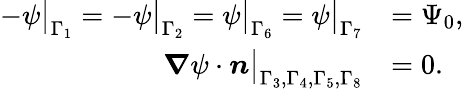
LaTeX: \begin{array}{rl}{-\psi\big|_{\Gamma_{1}}=-\psi\big|_{\Gamma_{2}}=\psi\big|_{\Gamma_{6}}=\psi\big|_{\Gamma_{7}}}&{=\Psi_{0},}\\ {\boldsymbol{\nabla}\psi\cdot\boldsymbol{n}\big|_{\Gamma_{3},\Gamma_{4},\Gamma_{5},\Gamma_{8}}}&{=0.}\end{array}